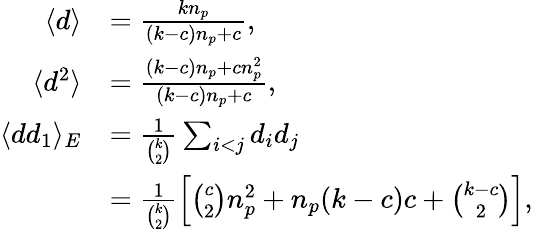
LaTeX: \begin{array}{rl}{\langle d\rangle}&{=\frac{kn_{p}}{(k-c)n_{p}+c},}\\ {\langle d^{2}\rangle}&{=\frac{(k-c)n_{p}+cn_{p}^{2}}{(k-c)n_{p}+c},}\\ {\langle dd_{1}\rangle_{E}}&{=\frac{1}{\binom{k}{2}}\sum_{i<j}d_{i}d_{j}}\\ &{=\frac{1}{\binom{k}{2}}\left[\binom{c}{2}n_{p}^{2}+n_{p}(k-c)c+\binom{k-c}{2}\right],}\end{array}